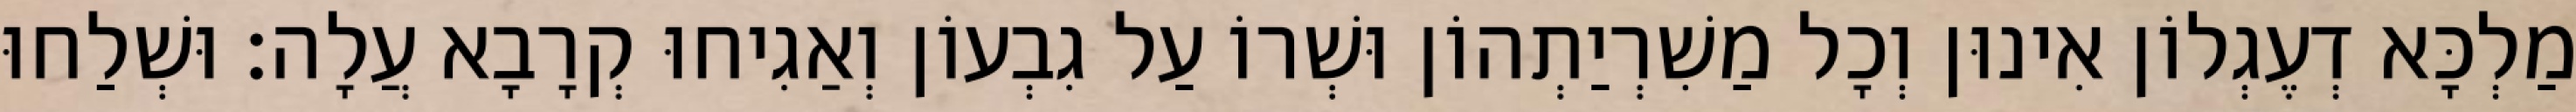
מַלְכָּא דְעֶגְלוֹן אִינוּן וְכָל מַשִׁרְיַתְהוֹן וּשְׁרוֹ עַל גִבְעוֹן וְאַגִיחוּ קְרָבָא עֲלָה׃ וּשְׁלַחוּ